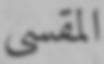
المقسی